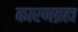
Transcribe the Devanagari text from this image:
कारणब्रह्म